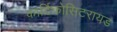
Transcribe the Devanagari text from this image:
कार्टिकोसिटरायड